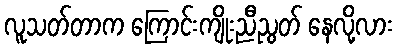
လူသတ်တာက ကြောင်းကျိုးညီညွတ် နေလို့လား